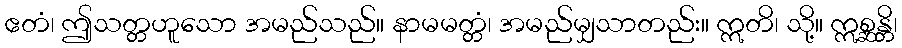
ဧတံ၊ ဤသတ္တဟူသော အမည်သည်။ နာမမတ္တံ၊ အမည်မျှသာတည်း။ ဣတိ၊ သို့။ ဣစ္ဆန္တိ၊